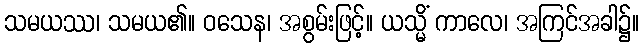
သမယဿ၊ သမယ၏။ ဝသေန၊ အစွမ်းဖြင့်။ ယသ္မိံ ကာလေ၊ အကြင်အခါ၌။